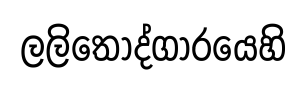
ලලිතෝද්ගාරයෙහි